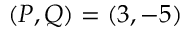
( P , Q ) = ( 3 , - 5 )